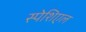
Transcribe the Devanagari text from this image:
स्पेशिएल